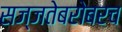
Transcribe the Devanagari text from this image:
सज्जतेबरोबरच